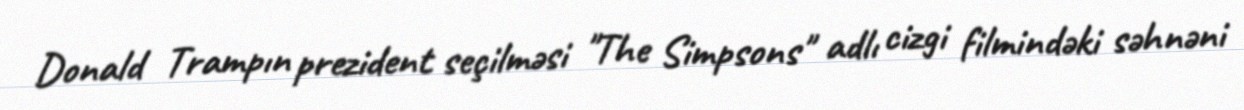
Donald Trampın prezident seçilməsi "The Simpsons" adlı cizgi filmindəki səhnəni